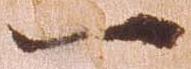
一